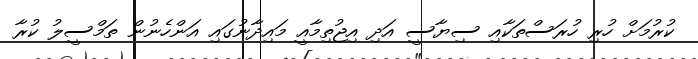
ކުރުމަށް ހުރި ހުރަސްތަކާއި ސިޔާސީ އަދި އިޖުތިމާއީ މައިދާނުގައި އަންހެނުން ތަމްސީލު ކުރާ